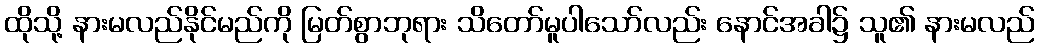
ထိုသို့ နားမလည်နိုင်မည်ကို မြတ်စွာဘုရား သိတော်မူပါသော်လည်း နောင်အခါ၌ သူ၏ နားမလည်